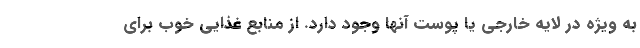
به ویژه در لایه خارجی یا پوست آنها وجود دارد. از منابع غذایی خوب برای